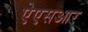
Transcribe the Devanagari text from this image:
ऐएसआर